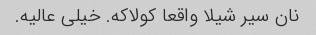
نان سیر شیلا واقعا کولاکه. خیلی عالیه.